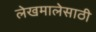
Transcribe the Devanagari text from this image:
लेखमालेसाठी